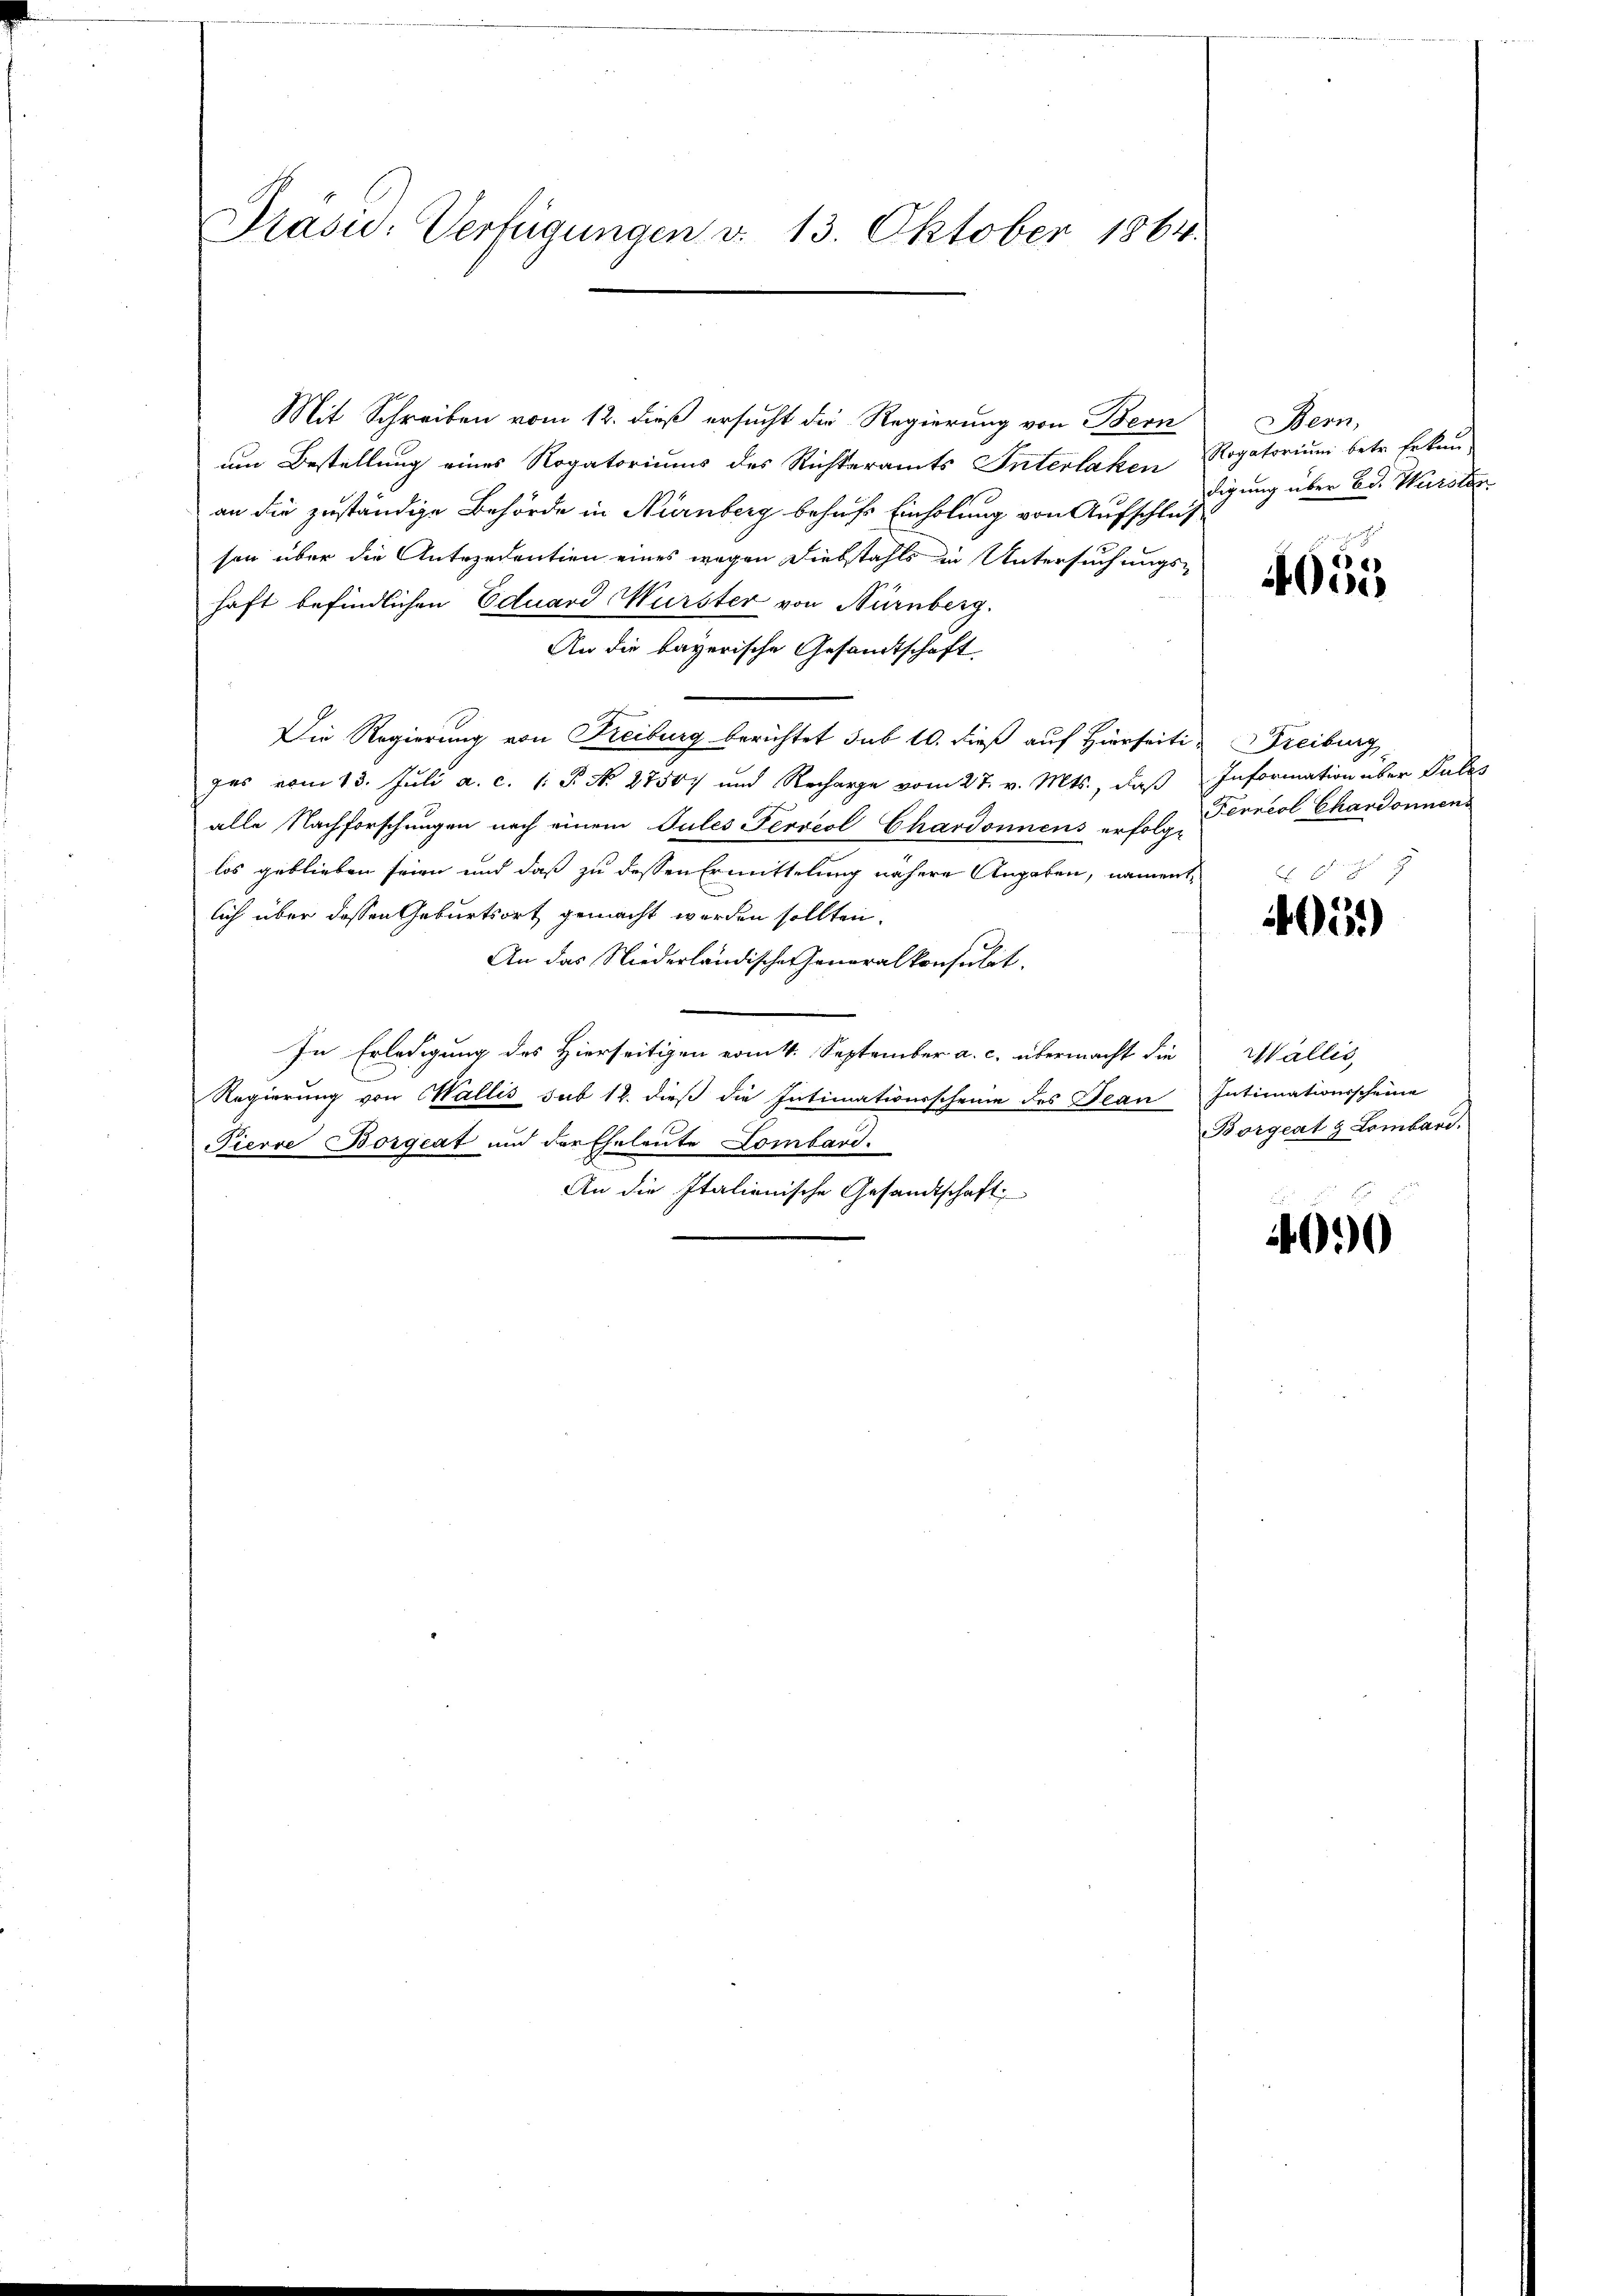
Präsid. Verfügungen v. 13. Oktober 1864.

Mit Schreiben vom 12. dieß ersucht die Regierung von Bern
um Bestellung eines Rogatoriums des Richteramts Interlaken Rogatorium betr. Erkun-
an die zuständige Behörde in Nürnberg behufs Einholung von Aufschluß-
son über die Antezedention eines wegen Diebstahls in Untersuchungs-
haft befindlichen Eduard Würster von Nürnberg.
An die bayerische Gesandtschaft
Die Regierung von Freiburg berichtet sub 10. dieß auf Hierseit Freiburg
zes vom 13. Juli a. c. 1. P. N. 2750) und Recharge vom 27. v. Mts., daß Information über Pules
alle Nachforschungen nach einem Tules Ferrest Chardonnens erfolge
los geblieben seien und daß zu dessen Ermittelung nähere Angaben, namentlich über dessen Geburtsort gemacht werden sollten.
An das Niederländischer Generalkonsulit.
In Erledigung des Hierseitigen vom 4. September a. c. übermacht die
Regierung von Wallis sub 12. dieß die Intimationsscheine des Jean Intimationsscheine
Fierre Borgeat und der Eheleute Lombard.
An die Italionische Gesandtschaft

Bern,
digung über Bd. Warsten

4055

Ferneol Chardonnens

405)

Wallis,
Borgeat & Lombard.

00